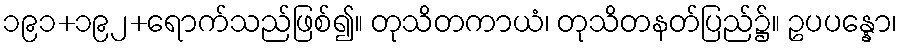
၁၉၁+၁၉၂+ရောက်သည်ဖြစ်၍။ တုသိတကာယံ၊ တုသိတနတ်ပြည်၌။ ဥပပန္နော၊